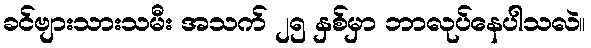
ခင်ဗျားသားသမီး အသက် ၂၅ နှစ်မှာ ဘာလုပ်နေပါသလဲ။